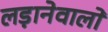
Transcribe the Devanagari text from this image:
लड़ानेवालों